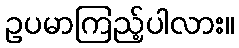
ဥပမာကြည့်ပါလား။